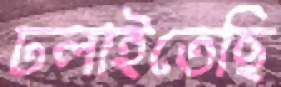
ঢলাইতেছি